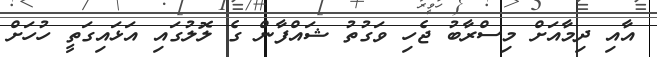
އާއި ދިމާއަށް މިސްރާބު ޖެހި ވަގުތު ޝައްފާން ގެ ލޮލުގައި އަޅައިގަތީ ހުހަށް